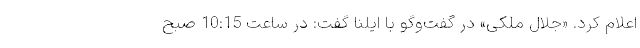
اعلام کرد. «جلال ملکی» در گفت‌وگو با ایلنا گفت: در ساعت 10:15 صبح